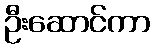
ဦးဆောင်ကာ